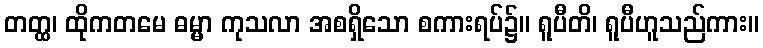
တတ္ထ၊ ထိုကတမေ ဓမ္မာ ကုသလာ အစရှိသော စကားရပ်၌။ ရူပီတိ၊ ရူပီဟူသည်ကား။